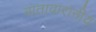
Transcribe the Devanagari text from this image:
वातावारानीय